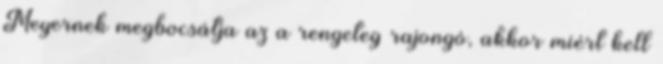
Meyernek megbocsátja az a rengeteg rajongó, akkor miért kell